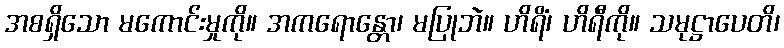
အစရှိသော မကောင်းမှုကို။ အကရောန္တော၊ မပြုဘဲ။ ဟိရိံ၊ ဟိရီကို။ သမုဋ္ဌာပေတိ၊